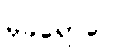
မုခရောဂေါ